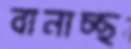
বানাচ্ছ